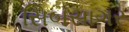
સિબસાગર